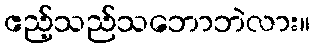
ဧည့်သည်သဘောဘဲလား။